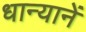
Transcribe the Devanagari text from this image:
धान्यानें